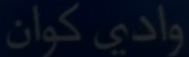
وادي كوان